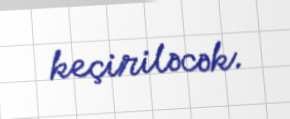
keçiriləcək.